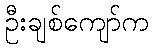
ဦးချစ်ကျော်က